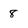
Character: 8